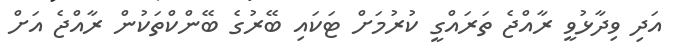
އަދި ވިދާޅުވީ ރާއްޖެ ތަރައްގީ ކުރުމަށް ޓަކައި ބޭރުގެ ބޭންކްތަކުން ރާއްޖެ އަށް